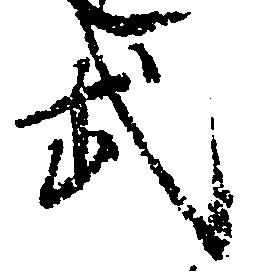
武